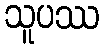
သူပဿ